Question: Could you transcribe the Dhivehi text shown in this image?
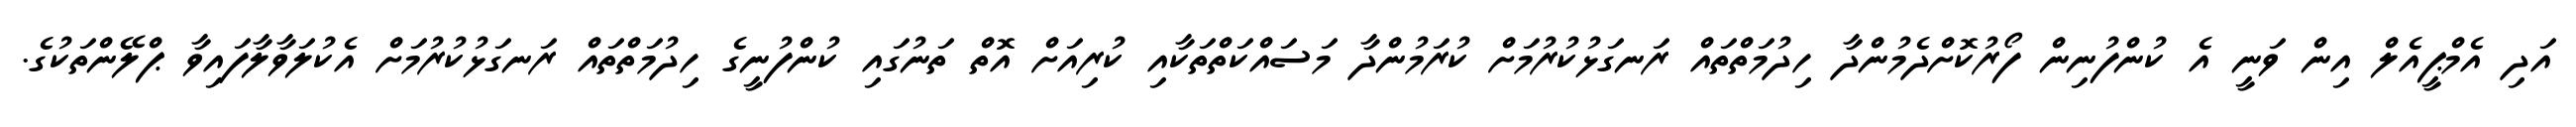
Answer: އަދި އެމްޕީއެލް އިން ވަނީ އެ ކުންފުނިން ފޯރުކޮށްދެމުންދާ ހިދުމަތްތައް ރަނގަޅުކުރުމަށް ކުރަމުންދާ މަސައްކަތްތަކާއި ކުރިއަށް އޮތް ތަނުގައި ކުންފުނީގެ ހިދުމަތްތައް ރަނގަޅުކުރުމަށް އެކުލަވާލާފައިވާ ޕްލޭންތަކުގެ.